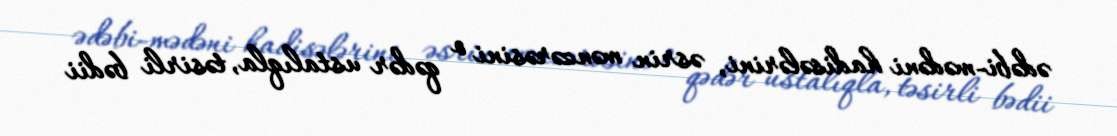
ədəbi-mədəni hadisələrini, əsrin mənzərəsini o qədər ustalıqla, təsirli bədii